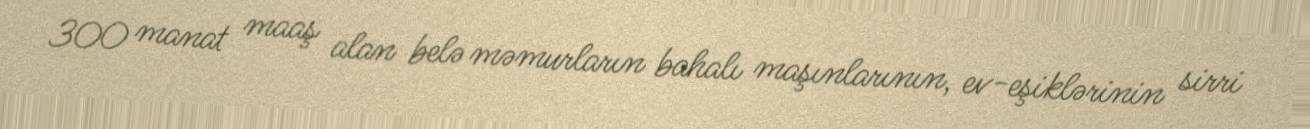
300 manat maaş alan belə məmurların bahalı maşınlarının, ev-eşiklərinin sirri